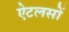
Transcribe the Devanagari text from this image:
ऐटलसों